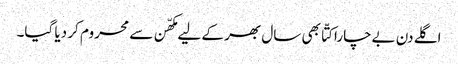
اگلے دن بےچارا کتّا بھی سال بھر کے لیے مکھّن سے محروم کر دیا گیا۔